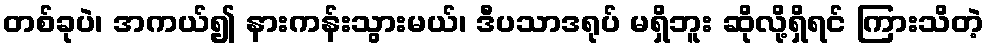
တစ်ခုပဲ၊ အကယ်၍ နားကန်းသွားမယ်၊ ဒီပသာဒရုပ် မရှိဘူး ဆိုလို့ရှိရင် ကြားသိတဲ့